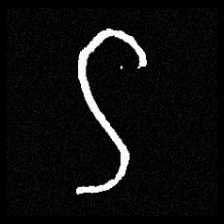
Pyu character \u2014 Myanmar letter: ဌ (romanized: ttha)